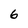
Character: 6